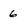
Character: 6